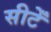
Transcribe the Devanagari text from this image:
सीटेँ